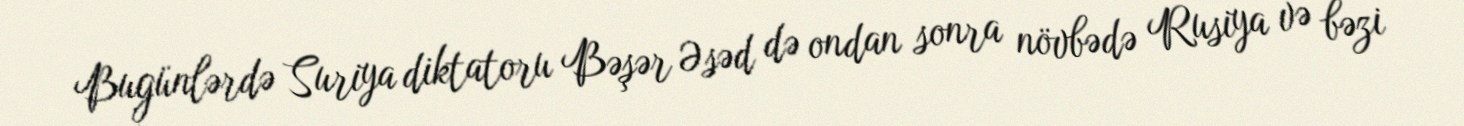
Bugünlərdə Suriya diktatoru Bəşər Əsəd də ondan sonra növbədə Rusiya və bəzi